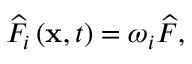
{ \widehat F _ { i } } \left( { { \bf { x } } , t } \right) = { \omega _ { i } } \widehat F ,